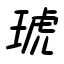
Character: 琥